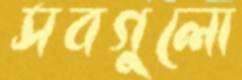
সবগুলো